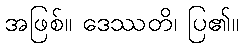
အဖြစ်။ ဒေဿတိ၊ ပြ၏။